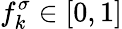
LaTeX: f_{k}^{\sigma}\in[0,1]